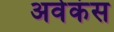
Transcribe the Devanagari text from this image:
अवेकंस